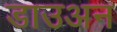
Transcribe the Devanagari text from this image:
डाउअन